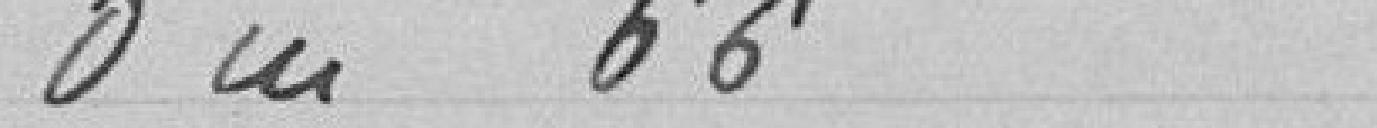
o m 66 c/m paient